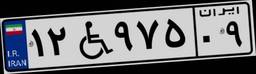
۱۲W۹۷۵۰۹